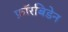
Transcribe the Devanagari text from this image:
फ़ॉरबिडेन